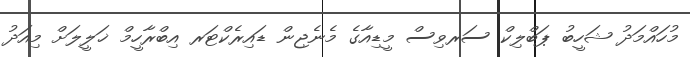
މުހައްމަދު ޝަހީބު ޕަބްލިކް ސަރވިސް މީޑިއާގެ މެނެޖިން ޑައިރެކްޓަރ އިބްރާހީމް ޚަލީލަށް މިއަދު